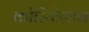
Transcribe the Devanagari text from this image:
कोरियोग्राग